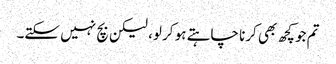
تم جو کچھ بھی کرنا چاہتے ہو کر لو، لیکن بچ نہیں سکتے۔